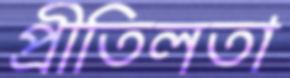
প্রীতিলতা